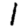
Digit: 1